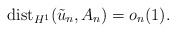
\begin{align*} \mbox{dist}_{H^1}(\tilde{u}_n, A_n)=o_n(1).\end{align*}